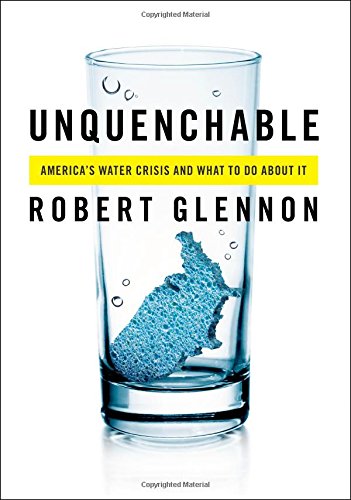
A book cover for Unquenchable: America's Water Crisis and What To Do About It; Robert Glennon; Science & Math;